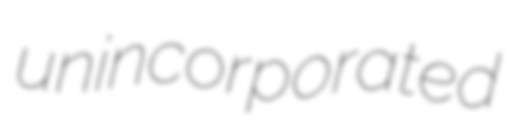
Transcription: unincorporated